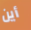
أين